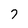
Character: 7